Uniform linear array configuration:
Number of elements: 32
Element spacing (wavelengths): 0.5
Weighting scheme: hann
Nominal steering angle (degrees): -30
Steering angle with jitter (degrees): -29.136
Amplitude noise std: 0.05
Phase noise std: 0.05

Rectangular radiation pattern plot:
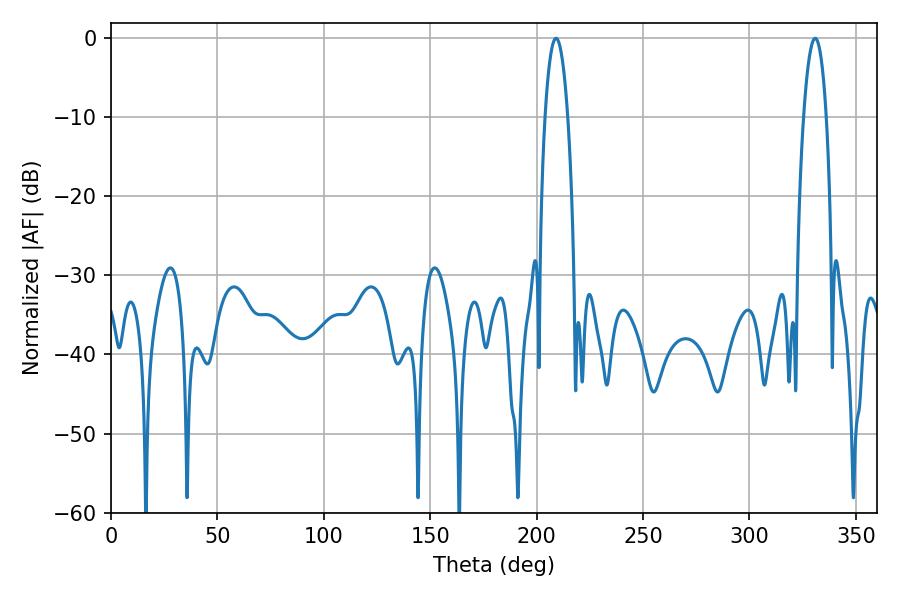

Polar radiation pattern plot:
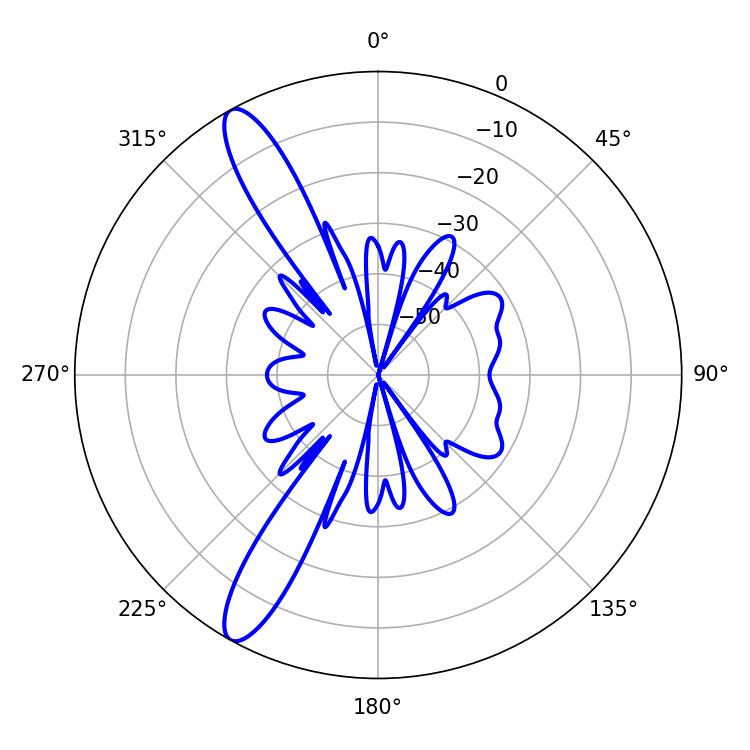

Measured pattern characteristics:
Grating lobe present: FALSE
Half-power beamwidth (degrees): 5.76
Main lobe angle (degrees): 209.16